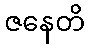
ဇနေတိ